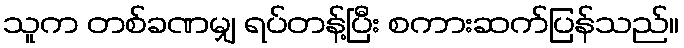
သူက တစ်ခဏမျှ ရပ်တန့်ပြီး စကားဆက်ပြန်သည်။